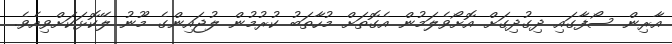
އާރިން ސޯފާގައި ދިގުދިގަށް އޮށޯވެލަމުން އެގޮތަށް މުހާތަބު ކުރުމުން ލުޖައިންގެ މޫނު ލޭކޮޅަކަށްވިއެވެ.